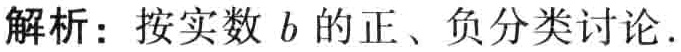
解析：按实数 \(b\) 的正、负分类讨论.